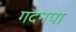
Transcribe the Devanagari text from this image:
गदेनपा